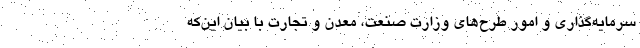
سرمایه‌گذاری و امور طرح‌های وزارت صنعت، معدن و تجارت با بیان این‌که